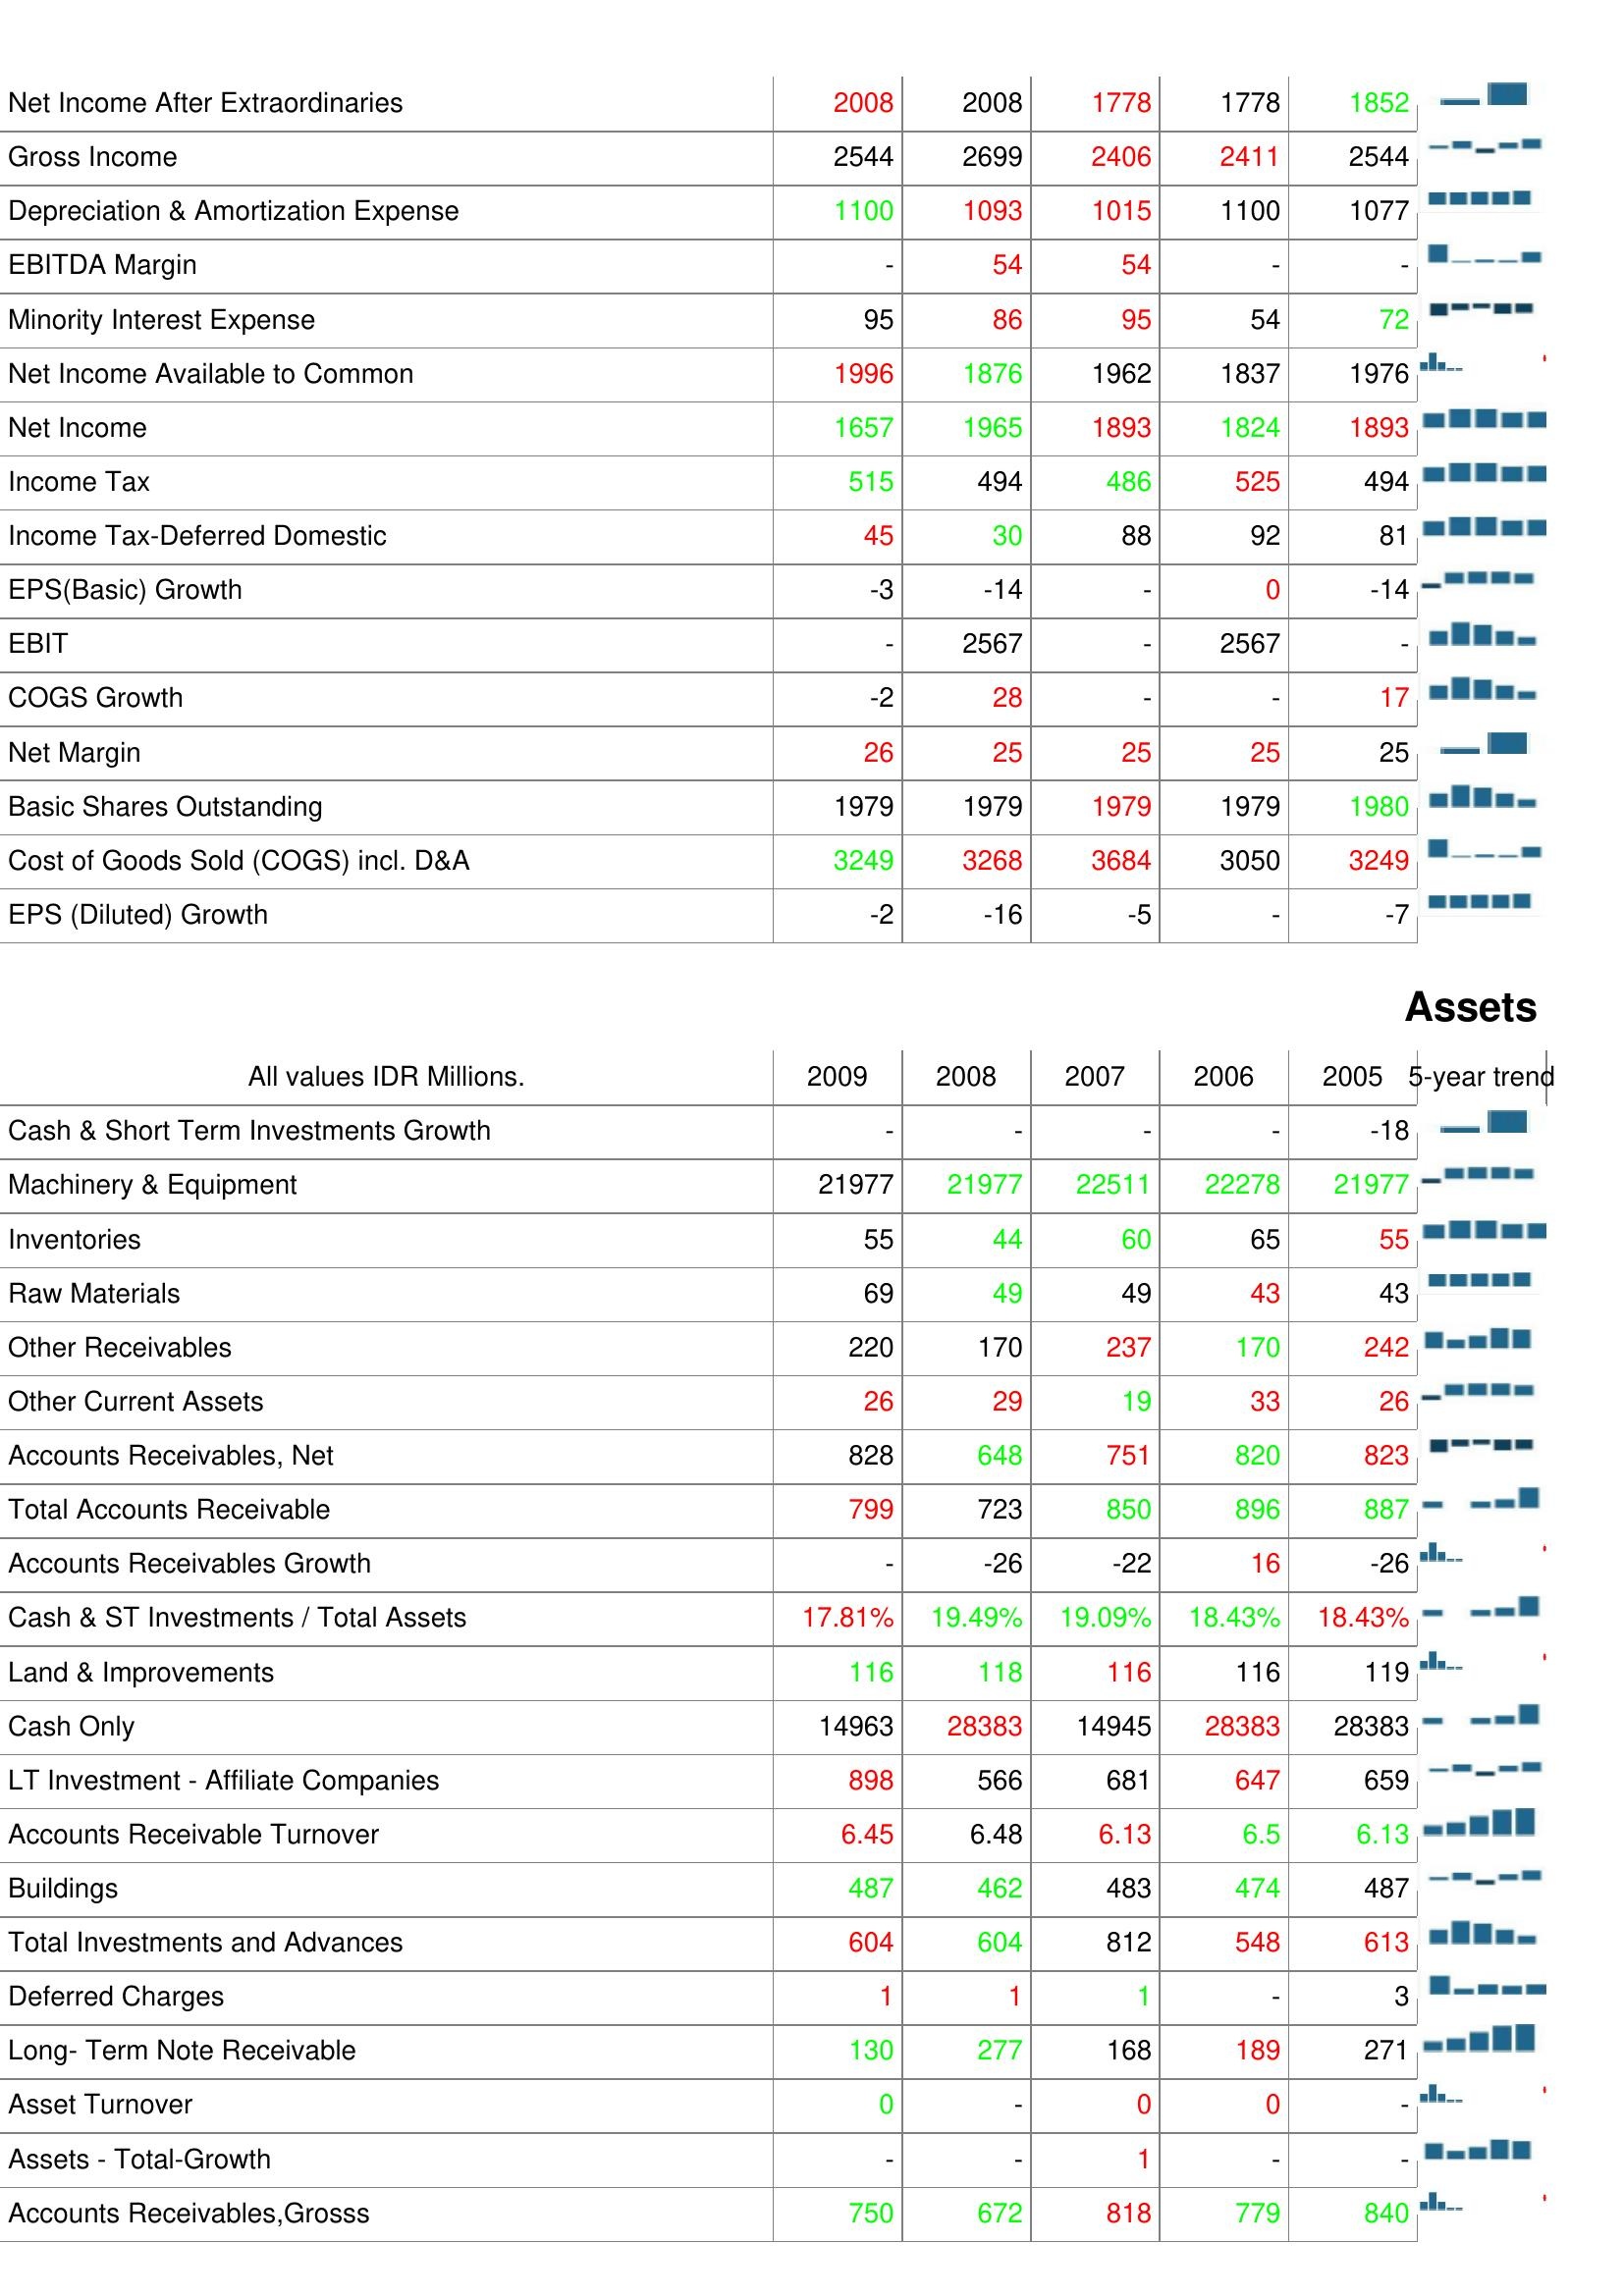
2009: : Net Income After Extraordinaries: 2008
Gross Income: 2544
Depreciation & Amortization Expense: 1100
EBITDA Margin: -
Minority Interest Expense: 95
Net Income Available to Common: 1996
Net Income: 1657
Income Tax: 515
Income Tax-Deferred Domestic: 45
EPS(Basic) Growth: -3
EBIT: -
COGS Growth: -2
Net Margin: 26
Basic Shares Outstanding: 1979
Cost of Goods Sold (COGS) incl. D&A: 3249
EPS (Diluted) Growth: -2
Assets: Cash & Short Term Investments Growth: -
Machinery & Equipment: 21977
Inventories: 55
Raw Materials: 69
Other Receivables: 220
Other Current Assets: 26
Accounts Receivables, Net: 828
Total Accounts Receivable: 799
Accounts Receivables Growth: -
Cash & ST Investments / Total Assets: 17.81%
Land & Improvements: 116
Cash Only: 14963
LT Investment - Affiliate Companies: 898
Accounts Receivable Turnover: 6.45
Buildings: 487
Total Investments and Advances: 604
Deferred Charges: 1
Long- Term Note Receivable: 130
Asset Turnover: 0
Assets - Total-Growth: -
Accounts Receivables,Grosss: 750
2008: : Net Income After Extraordinaries: 2008
Gross Income: 2699
Depreciation & Amortization Expense: 1093
EBITDA Margin: 54
Minority Interest Expense: 86
Net Income Available to Common: 1876
Net Income: 1965
Income Tax: 494
Income Tax-Deferred Domestic: 30
EPS(Basic) Growth: -14
EBIT: 2567
COGS Growth: 28
Net Margin: 25
Basic Shares Outstanding: 1979
Cost of Goods Sold (COGS) incl. D&A: 3268
EPS (Diluted) Growth: -16
Assets: Cash & Short Term Investments Growth: -
Machinery & Equipment: 21977
Inventories: 44
Raw Materials: 49
Other Receivables: 170
Other Current Assets: 29
Accounts Receivables, Net: 648
Total Accounts Receivable: 723
Accounts Receivables Growth: -26
Cash & ST Investments / Total Assets: 19.49%
Land & Improvements: 118
Cash Only: 28383
LT Investment - Affiliate Companies: 566
Accounts Receivable Turnover: 6.48
Buildings: 462
Total Investments and Advances: 604
Deferred Charges: 1
Long- Term Note Receivable: 277
Asset Turnover: -
Assets - Total-Growth: -
Accounts Receivables,Grosss: 672
2007: : Net Income After Extraordinaries: 1778
Gross Income: 2406
Depreciation & Amortization Expense: 1015
EBITDA Margin: 54
Minority Interest Expense: 95
Net Income Available to Common: 1962
Net Income: 1893
Income Tax: 486
Income Tax-Deferred Domestic: 88
EPS(Basic) Growth: -
EBIT: -
COGS Growth: -
Net Margin: 25
Basic Shares Outstanding: 1979
Cost of Goods Sold (COGS) incl. D&A: 3684
EPS (Diluted) Growth: -5
Assets: Cash & Short Term Investments Growth: -
Machinery & Equipment: 22511
Inventories: 60
Raw Materials: 49
Other Receivables: 237
Other Current Assets: 19
Accounts Receivables, Net: 751
Total Accounts Receivable: 850
Accounts Receivables Growth: -22
Cash & ST Investments / Total Assets: 19.09%
Land & Improvements: 116
Cash Only: 14945
LT Investment - Affiliate Companies: 681
Accounts Receivable Turnover: 6.13
Buildings: 483
Total Investments and Advances: 812
Deferred Charges: 1
Long- Term Note Receivable: 168
Asset Turnover: 0
Assets - Total-Growth: 1
Accounts Receivables,Grosss: 818
2006: : Net Income After Extraordinaries: 1778
Gross Income: 2411
Depreciation & Amortization Expense: 1100
EBITDA Margin: -
Minority Interest Expense: 54
Net Income Available to Common: 1837
Net Income: 1824
Income Tax: 525
Income Tax-Deferred Domestic: 92
EPS(Basic) Growth: 0
EBIT: 2567
COGS Growth: -
Net Margin: 25
Basic Shares Outstanding: 1979
Cost of Goods Sold (COGS) incl. D&A: 3050
EPS (Diluted) Growth: -
Assets: Cash & Short Term Investments Growth: -
Machinery & Equipment: 22278
Inventories: 65
Raw Materials: 43
Other Receivables: 170
Other Current Assets: 33
Accounts Receivables, Net: 820
Total Accounts Receivable: 896
Accounts Receivables Growth: 16
Cash & ST Investments / Total Assets: 18.43%
Land & Improvements: 116
Cash Only: 28383
LT Investment - Affiliate Companies: 647
Accounts Receivable Turnover: 6.5
Buildings: 474
Total Investments and Advances: 548
Deferred Charges: -
Long- Term Note Receivable: 189
Asset Turnover: 0
Assets - Total-Growth: -
Accounts Receivables,Grosss: 779
2005: : Net Income After Extraordinaries: 1852
Gross Income: 2544
Depreciation & Amortization Expense: 1077
EBITDA Margin: -
Minority Interest Expense: 72
Net Income Available to Common: 1976
Net Income: 1893
Income Tax: 494
Income Tax-Deferred Domestic: 81
EPS(Basic) Growth: -14
EBIT: -
COGS Growth: 17
Net Margin: 25
Basic Shares Outstanding: 1980
Cost of Goods Sold (COGS) incl. D&A: 3249
EPS (Diluted) Growth: -7
Assets: Cash & Short Term Investments Growth: -18
Machinery & Equipment: 21977
Inventories: 55
Raw Materials: 43
Other Receivables: 242
Other Current Assets: 26
Accounts Receivables, Net: 823
Total Accounts Receivable: 887
Accounts Receivables Growth: -26
Cash & ST Investments / Total Assets: 18.43%
Land & Improvements: 119
Cash Only: 28383
LT Investment - Affiliate Companies: 659
Accounts Receivable Turnover: 6.13
Buildings: 487
Total Investments and Advances: 613
Deferred Charges: 3
Long- Term Note Receivable: 271
Asset Turnover: -
Assets - Total-Growth: -
Accounts Receivables,Grosss: 840